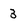
Character: 3